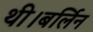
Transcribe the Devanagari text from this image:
थी।बर्लिन